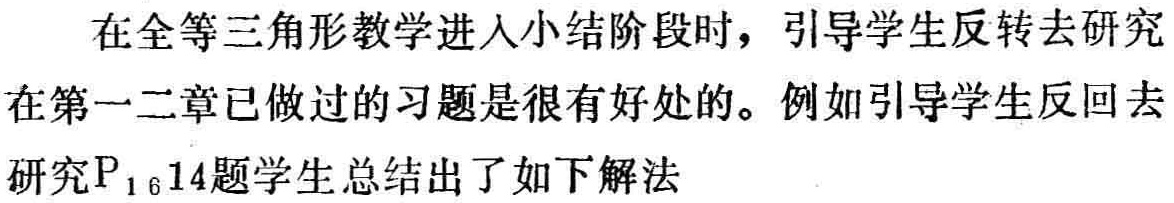
在全等三角形教学进入小结阶段时，引导学生反转去研究

在第一二章已做过的习题是很有好处的。例如引导学生反回去

研究\(P_{16}14\)题学生总结出了如下解法